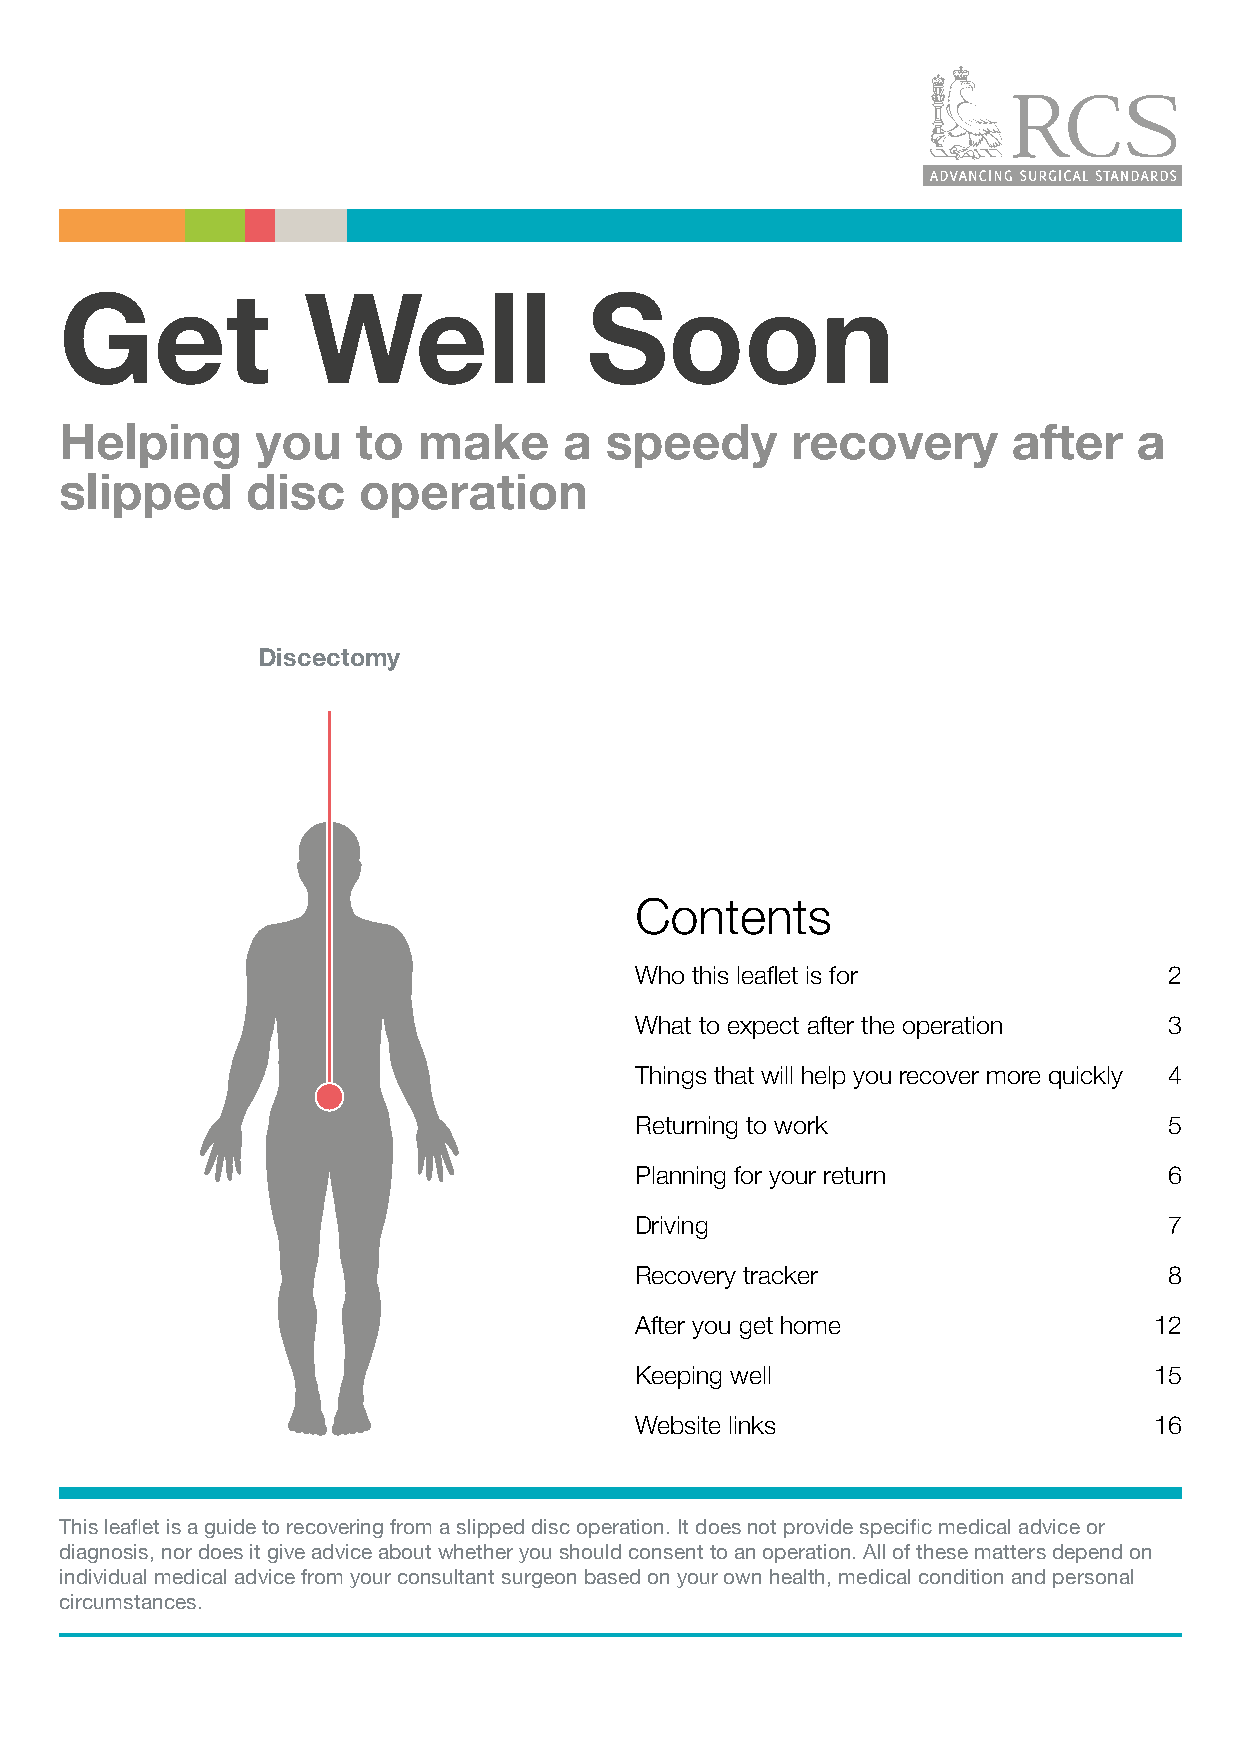
Get             Well               Soon
 Helping      you    to  make     a  speedy      recovery       after   a
 slipped     disc    operation
 Discectomy
 Contents
 Who this leaflet is for            2
 What to expect after the operation 3
 Things that will help you recover more quickly 4
 Returning to work                  5
 Planning for your return           6
 Driving                            7
 Recovery tracker                   8
 After you get home                12
 Keeping well                      15
 Website links                     16
 This leaflet is a guide to recovering from a slipped disc operation. It does not provide specific medical advice or
 diagnosis, nor does it give advice about whether you should consent to an operation. All of these matters depend on
 individual medical advice from your consultant surgeon based on your own health, medical condition and personal
 circumstances.